Indian journal of veterinary science and animal husbandry - Volume 14,
Year: 1944
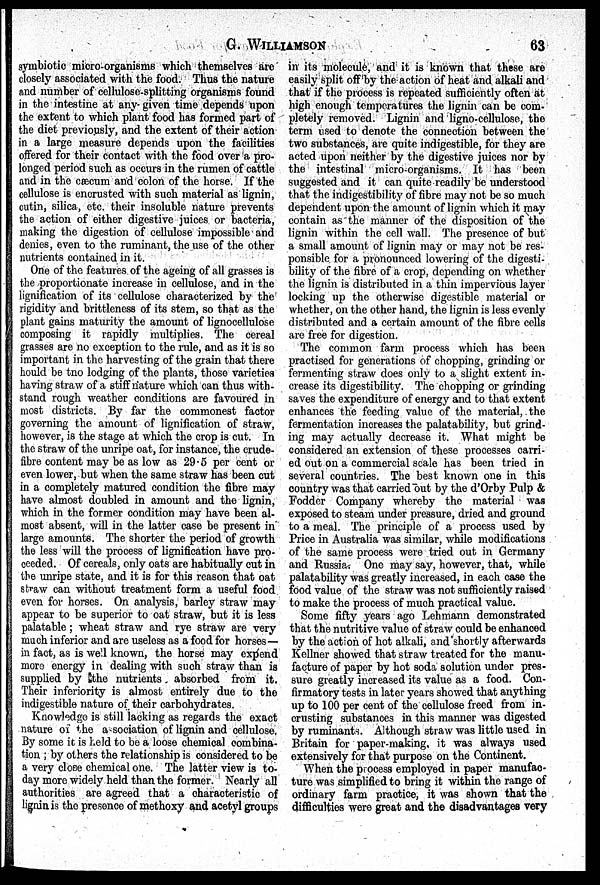
G.
WILLIAMSON
63
symbiotic micro-organisms which themselves are
closely associated with the food. Thus the nature
and number of cellulose-splitting organisms found
in the intestine at any given time depends upon
the extent to which plant food has formed part of
the diet previously, and the extent of their action
in a large measure depends upon the facilities
offered for their contact with the food over a pro-
longed period such as occurs in the rumen of cattle
and in the cæcum and colon of the horse. If the
cellulose is encrusted with such material as lignin,
cutin, silica, etc. their insoluble nature prevents
the action of either digestive juices or bacteria,
making the digestion of cellulose impossible and
denies, even to the ruminant, the use of the other
nutrients contained in it.
One of the features of the ageing of all grasses is
the proportionate increase in cellulose, and in the
lignification of its cellulose characterized by the
rigidity and brittleness of its stem, so that as the
plant gains maturity the amount of lignocellulose
composing it rapidly multiplies. The cereal
grasses are no exception to the rule, and as it is so
important in the harvesting of the grain that there
hould be tno lodging of the plants, those varieties
having straw of a stiff nature which can thus with-
stand rough weather conditions are favoured in
most districts. By far the commonest factor
governing the amount of lignification of straw,
however, is the stage at which the crop is cut. In
the straw of the unripe oat, for instance, the crude-
fibre content may be as low as 29.5 per cent or
even lower, but when the same straw has been cut
in a completely matured condition the fibre may
have almost doubled in amount and the lignin,
which in the former condition may have been al-
most absent, will in the latter case be present in
large amounts. The shorter the period of growth
the less will the process of lignification have pro-
ceeded. Of cereals, only oats are habitually cut in
the unripe state, and it is for this reason that oat
straw can without treatment form a useful food
even for horses. On analysis, barley straw may
appear to be superior to oat straw, but it is less
palatable; wheat straw and rye straw are very
much inferior and are useless as a food for horses—
in fact, as is well known, the horse may expend
more energy in dealing with such straw than is
supplied by the nutrients absorbed from it.
Their inferiority is almost entirely due to the
indigestible nature of their carbohydrates.
Knowledge is still lacking as regards the exact
nature of the a sociation of lignin and cellulose.
By some it is held to be a loose chemical combina-
tion ; by others the relationship is considered to be
a very close chemical one. The latter view is to-
day more widely held than the former. Nearly all
authorities are agreed that a characteristic of
lignin is the presence of methoxy and acetyl groups
in its molecule, and it is known that these are
easily split off by the action of heat and alkali and
that if the process is repeated sufficiently often at
high enough temperatures the lignin can be com-
pletely removed. Lignin and ligno-cellulose, the
term used to denote the connection between the
two substances, are quite indigestible, for they are
acted upon neither by the digestive juices nor by
the intestinal micro-organisms. It has been
suggested and it can quite readily be understood
that the indigestibility of fibre may not be so much
dependent upon the amount of lignin which it may
contain as the manner of the disposition of the
lignin within the cell wall. The presence of but
a small amount of lignin may or may not be res-
ponsible for a pronounced lowering of the digesti-
bility of the fibre of a crop, depending on whether
the lignin is distributed in a thin impervious layer
locking up the otherwise digestible material or
whether, on the other hand, the lignin is less evenly
distributed and a certain amount of the fibre cells
are free for digestion.
The common farm process which has been
practised for generations of chopping, grinding or
fermenting straw does only to a slight extent in-
crease its digestibility. The chopping or grinding
saves the expenditure of energy and to that extent
enhances the feeding value of the material, the
fermentation increases the palatability, but grind-
ing may actually decrease it. What might be
considered an extension of these processes carri-
ed out on a commercial scale has been tried in
several countries. The best known one in this
country was that carried out by the d'Orby Pulp &
Fodder Company whereby the material was
exposed to steam under pressure, dried and ground
to a meal. The principle of a process used by
Price in Australia was similar, while modifications
of the same process were tried out in Germany
and Russia. One may say, however, that, while
palatability was greatly increased, in each case the
food value of the straw was not sufficiently raised
to make the process of much practical value.
Some fifty years ago Lehmann demonstrated
that the nutritive value of straw could be enhanced
by the act on of hot alkali, and shortly afterwards
Kellner showed that straw treated for the manu-
facture of paper by hot soda solution under pres-
sure greatly increased its value as a food. Con-
firmatory tests in later years showed that anything
up to 100 per cent of the cellulose freed from in-
crusting substances in this manner was digested
by ruminants. Although straw was little used in
Britain for paper-making it was always used
extensively for that purpose on the Continent.
When the process employed in paper manufac-
ture was simplified to bring it within the range of
ordinary farm practice, it was shown that the
difficulties were great and the disadvantages very